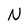
Character: N